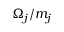
\Omega _ { j } / m _ { j }